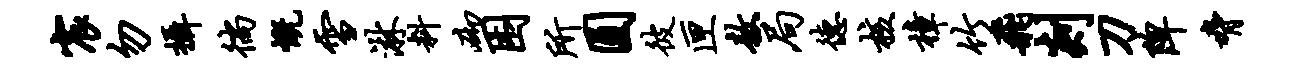
宸勿摄徜慨雪淋料砌困所圆彼匣敖局德核樟竹飞剡刀陴胁